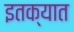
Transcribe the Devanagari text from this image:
इतक्‍यात